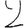
Digit: 2